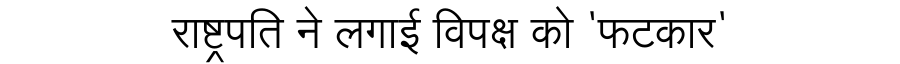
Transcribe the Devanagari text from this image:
राष्ट्रपति ने लगाई विपक्ष को 'फटकार'